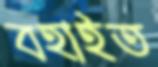
বহাইত